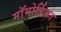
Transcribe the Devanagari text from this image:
मॉमोर्डिका